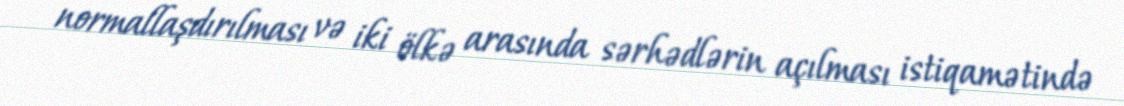
normallaşdırılması və iki ölkə arasında sərhədlərin açılması istiqamətində